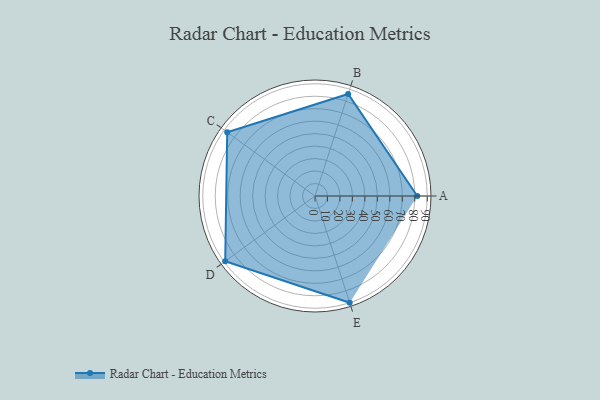
{"axis": {"x": "Skill", "y": "Score"}, "legend": ["Profile"], "data": [{"x": "A", "y": 82.0, "type": "Profile"}, {"x": "B", "y": 86.0, "type": "Profile"}, {"x": "C", "y": 87.0, "type": "Profile"}, {"x": "D", "y": 89.0, "type": "Profile"}, {"x": "E", "y": 90.0, "type": "Profile"}]}